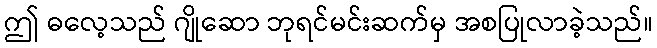
ဤ ဓလေ့သည် ဂျိုဆော ဘုရင်မင်းဆက်မှ အစပြုလာခဲ့သည်။